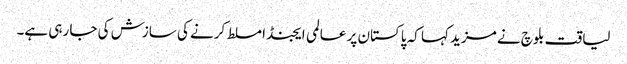
لیاقت بلوچ نے مزید کہا کہ پاکستان پر عالمی ایجنڈا مسلط کرنے کی سازش کی جا رہی ہے۔